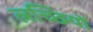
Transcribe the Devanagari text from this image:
लच्छियों